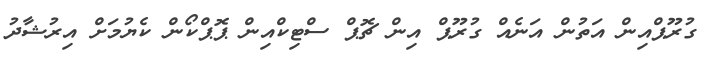
ގުރޫޕްއިން އަތުން އަނެއް ގުރޫޕް އިން ޗޮޕް ސްޓިކްއިން ޕޮޕްކޯން ކެޔުމަށް އިރުޝާދު